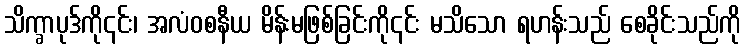
သိက္ခာပုဒ်ကို၎င်း၊ အလံဝစနီယ မိန်းမဖြစ်ခြင်းကို၎င်း မသိသော ရဟန်းသည် စေခိုင်းသည်ကို